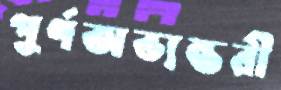
পূর্ণঅভ্যন্তরী